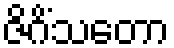
ဇိဂိံသတော